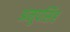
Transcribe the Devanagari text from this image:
अनुपसिंह